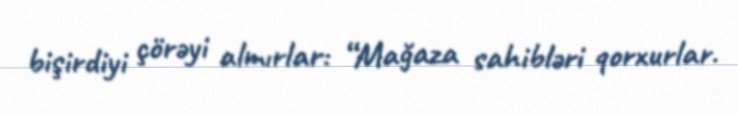
bişirdiyi çörəyi almırlar: “Mağaza sahibləri qorxurlar.